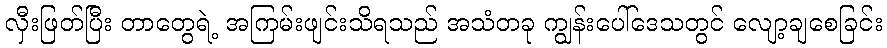
လှီးဖြတ်ပြီး တာတွေရဲ့ အကြမ်းဖျင်းသိရသည် အသံတခု ကျွန်းပေါ်ဒေသတွင် လျော့ချစေခြင်း